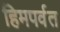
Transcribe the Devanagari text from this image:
हिमपर्वत